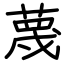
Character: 蔑